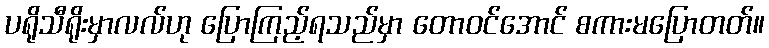
ပရိုသီရိုးမှာလလ်ဟု ပြောကြည့်ရသည်မှာ တောဝင်အောင် စကားမပြောတတ်။